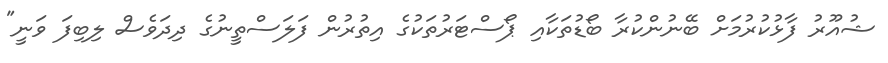
ޝުއޫރު ފާޅުކުރުމަށް ބޭނުންކުރާ ބޯޑުތަކާއި ޕޯސްޓަރުތަކުގެ އިތުރުން ފަލަސްތީނުގެ ދިދަވެސް ލިބިފަ ވަނީ"